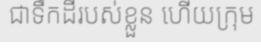
ជាទឹកដីរបស់ខ្លួន ហើយក្រុម